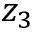
z _ { 3 }